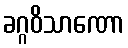
ခဂ္ဂဝိသာဏော